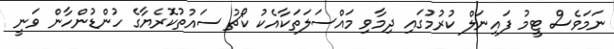
ނަމަވެސް ޓީމު ފައިނަލް ކުރުމުގައި ދިމާވި މައްސަލަތަކާއެކު ކޯޗު ސައުތުކޮރެޔާގެ ހުންޑުންހާން ވަނީ